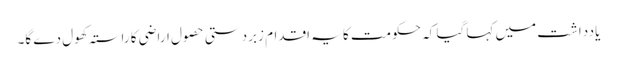
یادداشت میں کہا گیا کہ حکومت کا یہ اقدام زبردستی حصول اراضی کا راستہ کھول دے گا۔